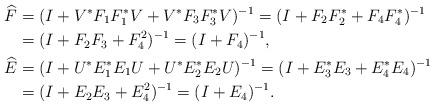
LaTeX: \begin{align*}\widehat{F}&=(I+V^{\ast}F_{1}F_{1}^{\ast}V+V^{\ast}F_{3}F_{3}^{\ast}V)^{-1}=(I+F_{2}F_{2}^{\ast}+F_{4}F_{4}^{\ast})^{-1}\\&=(I+F_{2}F_{3}+F_{4}^{2})^{-1}=(I+F_{4})^{-1},\\ \widehat{E}&=(I+U^{\ast}E_{1}^{\ast}E_{1}U+U^{\ast}E_{2}^{\ast}E_{2}U)^{-1}=(I+E_{3}^{\ast}E_{3}+E_{4}^{\ast}E_{4})^{-1}\\&=(I+E_{2}E_{3}+E_{4}^{2})^{-1}=(I+E_{4})^{-1}.\end{align*}